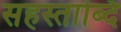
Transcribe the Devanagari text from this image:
सहस्ताब्दि